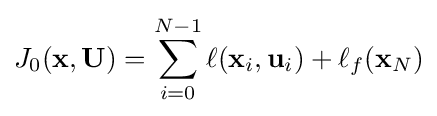
J_{0}(\mathbf {x} ,\mathbf {U} )=\sum _{i=0}^{N-1}\ell (\mathbf {x} _{i},\mathbf {u} _{i})+\ell _{f}(\mathbf {x} _{N})